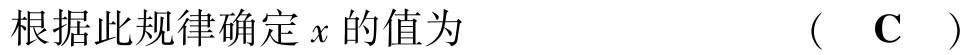
根据此规律确定 \(x\) 的值为  （  \(\text{C}\)  ）